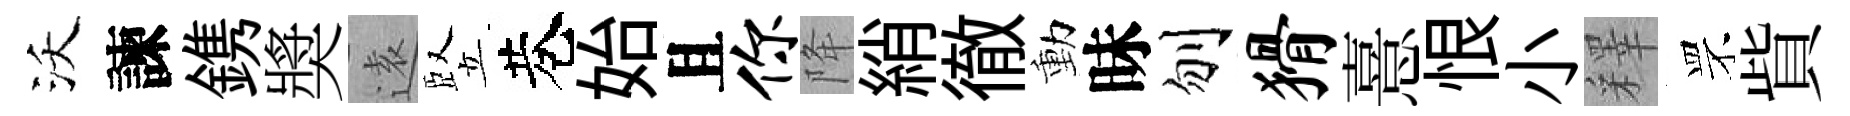
沃諫鎸奬逺竪巷始且你降綃徹動昧刎猾憙恨小釋罘貲